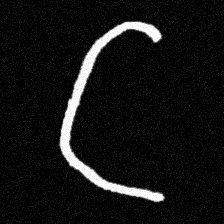
Pyu character \u2014 Myanmar letter: ဋ (romanized: tta)